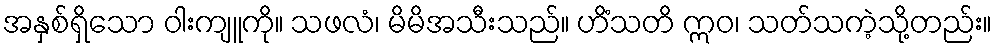
အနှစ်ရှိသော ဝါးကျူကို။ သဖလံ၊ မိမိအသီးသည်။ ဟိံသတိ ဣဝ၊ သတ်သကဲ့သို့တည်း။